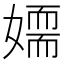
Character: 𡢉